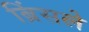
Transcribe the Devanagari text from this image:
ब्रिंसले